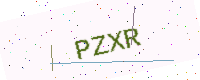
Text: PZXR